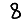
Digit: 8